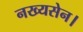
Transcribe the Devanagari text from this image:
नख्यसेन।